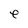
Character: e